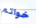
خواتم